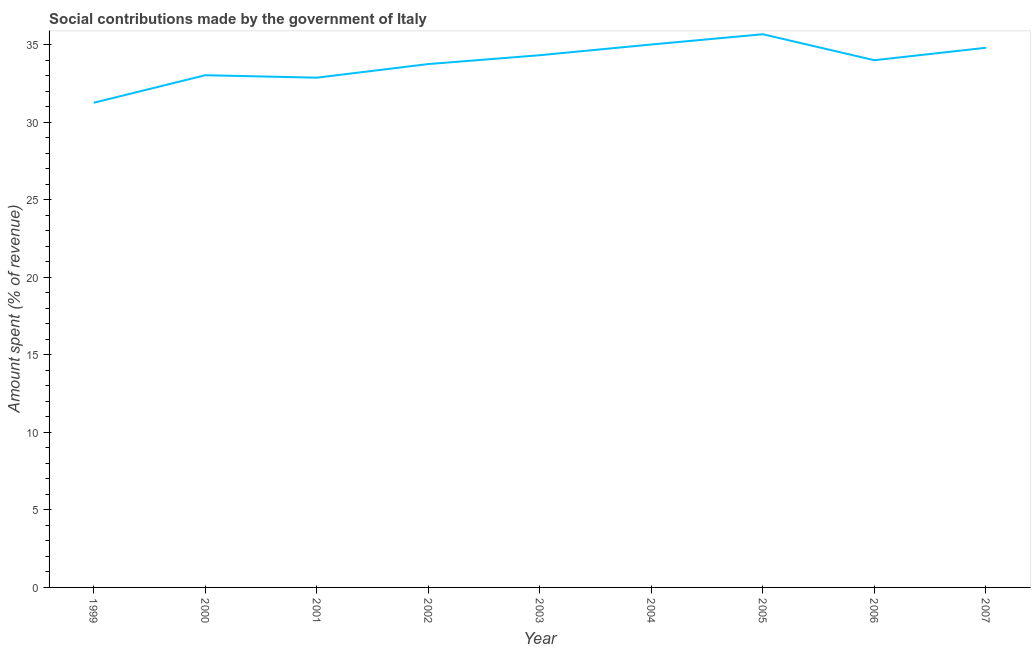
| Year | Social contributions |
 | --- | --- |
 | 1999 | 31.2 |
 | 2000 | 33 |
 | 2001 | 32.9 |
 | 2002 | 33.7 |
 | 2003 | 34.3 |
 | 2004 | 35 |
 | 2005 | 35.7 |
 | 2006 | 34 |
 | 2007 | 34.8 |